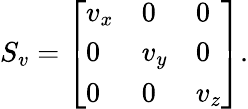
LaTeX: S_{v}={\left[\begin{array}{lll}{v_{x}}&{0}&{0}\\ {0}&{v_{y}}&{0}\\ {0}&{0}&{v_{z}}\end{array}\right]}.